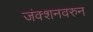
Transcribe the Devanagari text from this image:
जंक्शनवरुन